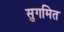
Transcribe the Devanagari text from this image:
सुगमित